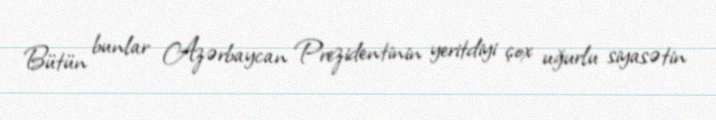
Bütün bunlar Azərbaycan Prezidentinin yeritdiyi çox uğurlu siyasətin